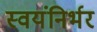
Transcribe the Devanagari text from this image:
स्‍वयंनिर्भर